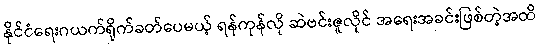
နိုင်ငံရေးဂယက်ရိုက်ခတ်ပေမယ့် ရန်ကုန်လို ဆဲဗင်းဇူလိုင် အရေးအခင်းဖြစ်တဲ့အထိ